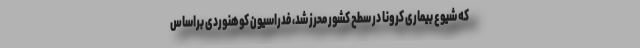
که شیوع بیماری کرونا در سطح کشور محرز شد، فدراسیون کوهنوردی براساس